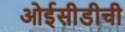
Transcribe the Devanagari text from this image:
ओईसीडीची